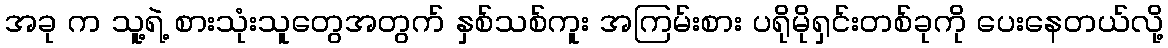
အခု က သူ့ရဲ့ စားသုံးသူတွေအတွက် နှစ်သစ်ကူး အကြမ်းစား ပရိုမိုရှင်းတစ်ခုကို ပေးနေတယ်လို့